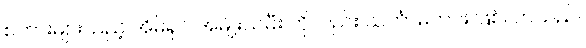
စကားများသည့် အိမ်ရှင် အမျိုးသမီး ကိုလည်း သင်္ကာမကင်း ဖြစ်လာသည်။